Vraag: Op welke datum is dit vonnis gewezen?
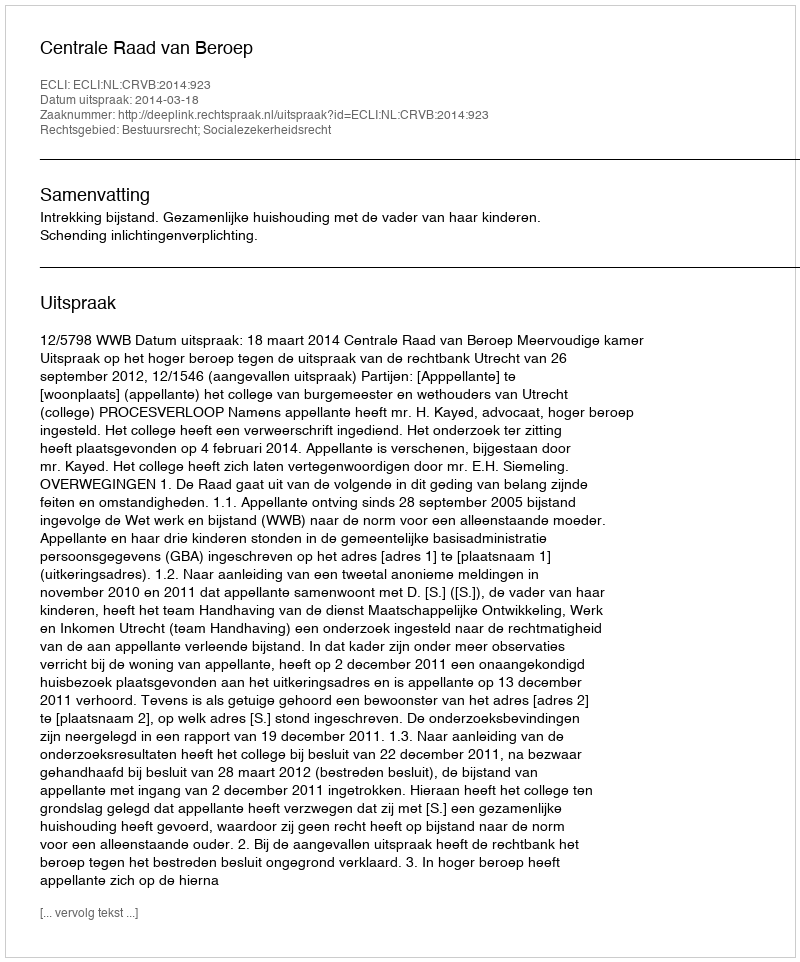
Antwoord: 2014-03-18